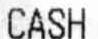
CASH